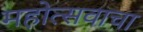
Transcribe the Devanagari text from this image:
महोत्सवाचा